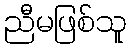
ညီမဖြစ်သူ